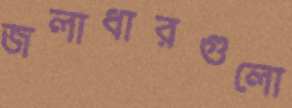
জলাধারগুলো